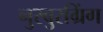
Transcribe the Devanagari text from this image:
नुरबुरग्रिंग